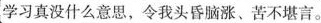
学习真没什么意思，令我头昏脑涨、苦不堪言。